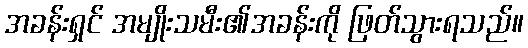
အခန်းရှင် အမျိုးသမီး၏အခန်းကို ဖြတ်သွားရသည်။